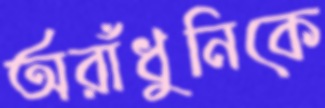
অরাঁধুনিকে